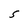
Character: S